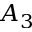
A _ { 3 }